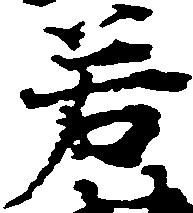
若